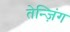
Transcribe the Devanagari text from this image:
तेन्ज़िंग